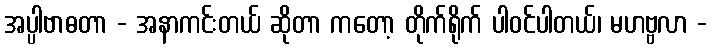
အပ္ပါဗာဓတာ - အနာကင်းတယ် ဆိုတာ ကတော့ တိုက်ရိုက် ပါဝင်ပါတယ်၊ မဟဗ္ဗလာ -